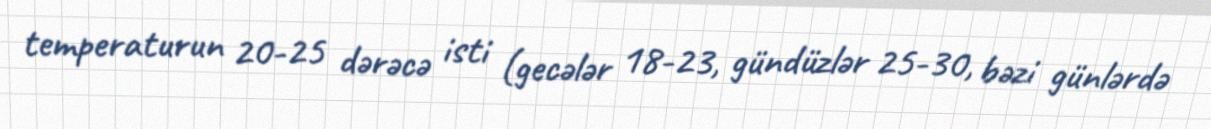
temperaturun 20-25 dərəcə isti (gecələr 18-23, gündüzlər 25-30, bəzi günlərdə